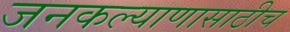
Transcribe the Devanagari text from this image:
जनकल्याणासाठीच